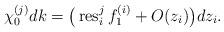
LaTeX: \begin{gather*} \chi_0^{(j)} dk= \big(\operatorname{res}_i^j f_1^{(i)}+O(z_i)\big)dz_i.\end{gather*}